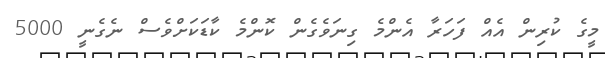
މީގެ ކުރިން އެއް ފަހަރާ އެންމެ ގިނަވެގެން ކޮންމެ ކާޑަކަށްވެސް ނެގެނީ 5000